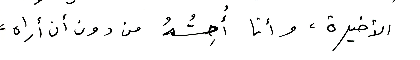
الأخيرة، وأنا أحِسُّهُ من دون أن أراه،